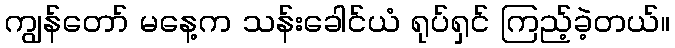
ကျွန်တော် မနေ့က သန်းခေါင်ယံ ရုပ်ရှင် ကြည့်ခဲ့တယ်။